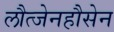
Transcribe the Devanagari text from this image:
लौत्जेनहौसेन